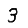
Digit: 3